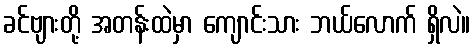
ခင်ဗျားတို့ အတန်းထဲမှာ ကျောင်းသား ဘယ်လောက် ရှိလဲ။